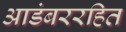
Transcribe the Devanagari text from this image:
आडंबररहित